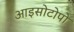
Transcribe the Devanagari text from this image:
आइसोटोपो